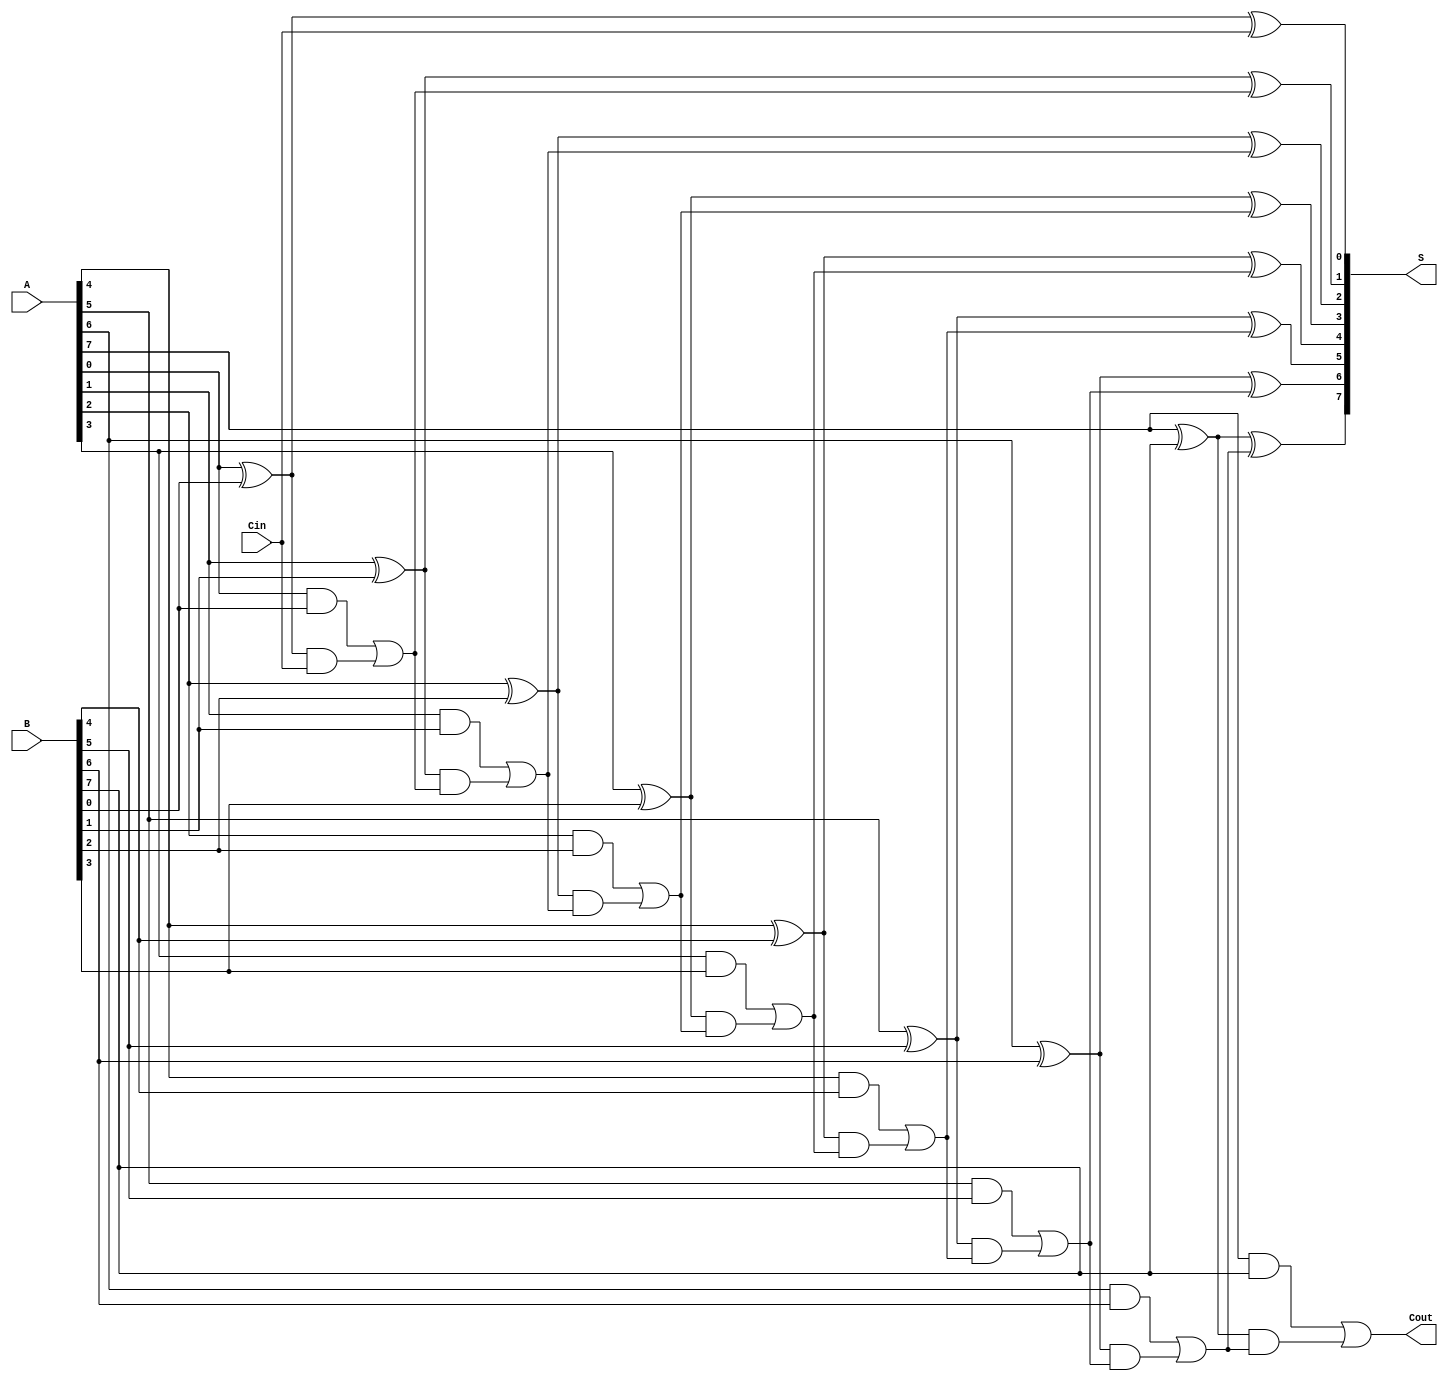
module Sklansky_Adder #(
    parameter N = 8  // Specify the number of bits for the adder
) (
    input  [N-1:0] A,      // First operand
    input  [N-1:0] B,      // Second operand
    input  Cin,            // Carry-in
    output [N-1:0] S,      // Sum output
    output Cout            // Carry-out
);

    // Internal wires for generate and propagate signals
    wire [N-1:0] G;  // Generate
    wire [N-1:0] P;  // Propagate
    wire [N:0] C;    // Carry signals

    // Assign Generate and Propagate for each bit
    genvar i;
    generate 
        for (i = 0; i < N; i = i + 1) begin: carry_gen
            assign G[i] = A[i] & B[i];   // Generate signal
            assign P[i] = A[i] ^ B[i];   // Propagate signal
        end
    endgenerate

    // Assign initial carry input
    assign C[0] = Cin;

    // Carry calculation using a tree structure
    generate
        // Level 1
        for (i = 1; i < N; i = i + 1) begin: carry_level_1
            assign C[i] = G[i-1] | (P[i-1] & C[i-1]);
        end
    endgenerate

    // Final Carry Out
    assign Cout = G[N-1] | (P[N-1] & C[N-1]);

    // Sum calculation
    generate
        for (i = 0; i < N; i = i + 1) begin: sum_calc
            assign S[i] = P[i] ^ C[i]; // Calculate sum bits
        end
    endgenerate

endmodule